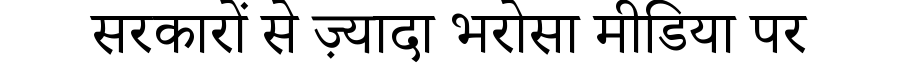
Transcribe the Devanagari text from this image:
सरकारों से ज़्यादा भरोसा मीडिया पर